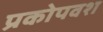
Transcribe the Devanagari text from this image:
प्रकोपवश